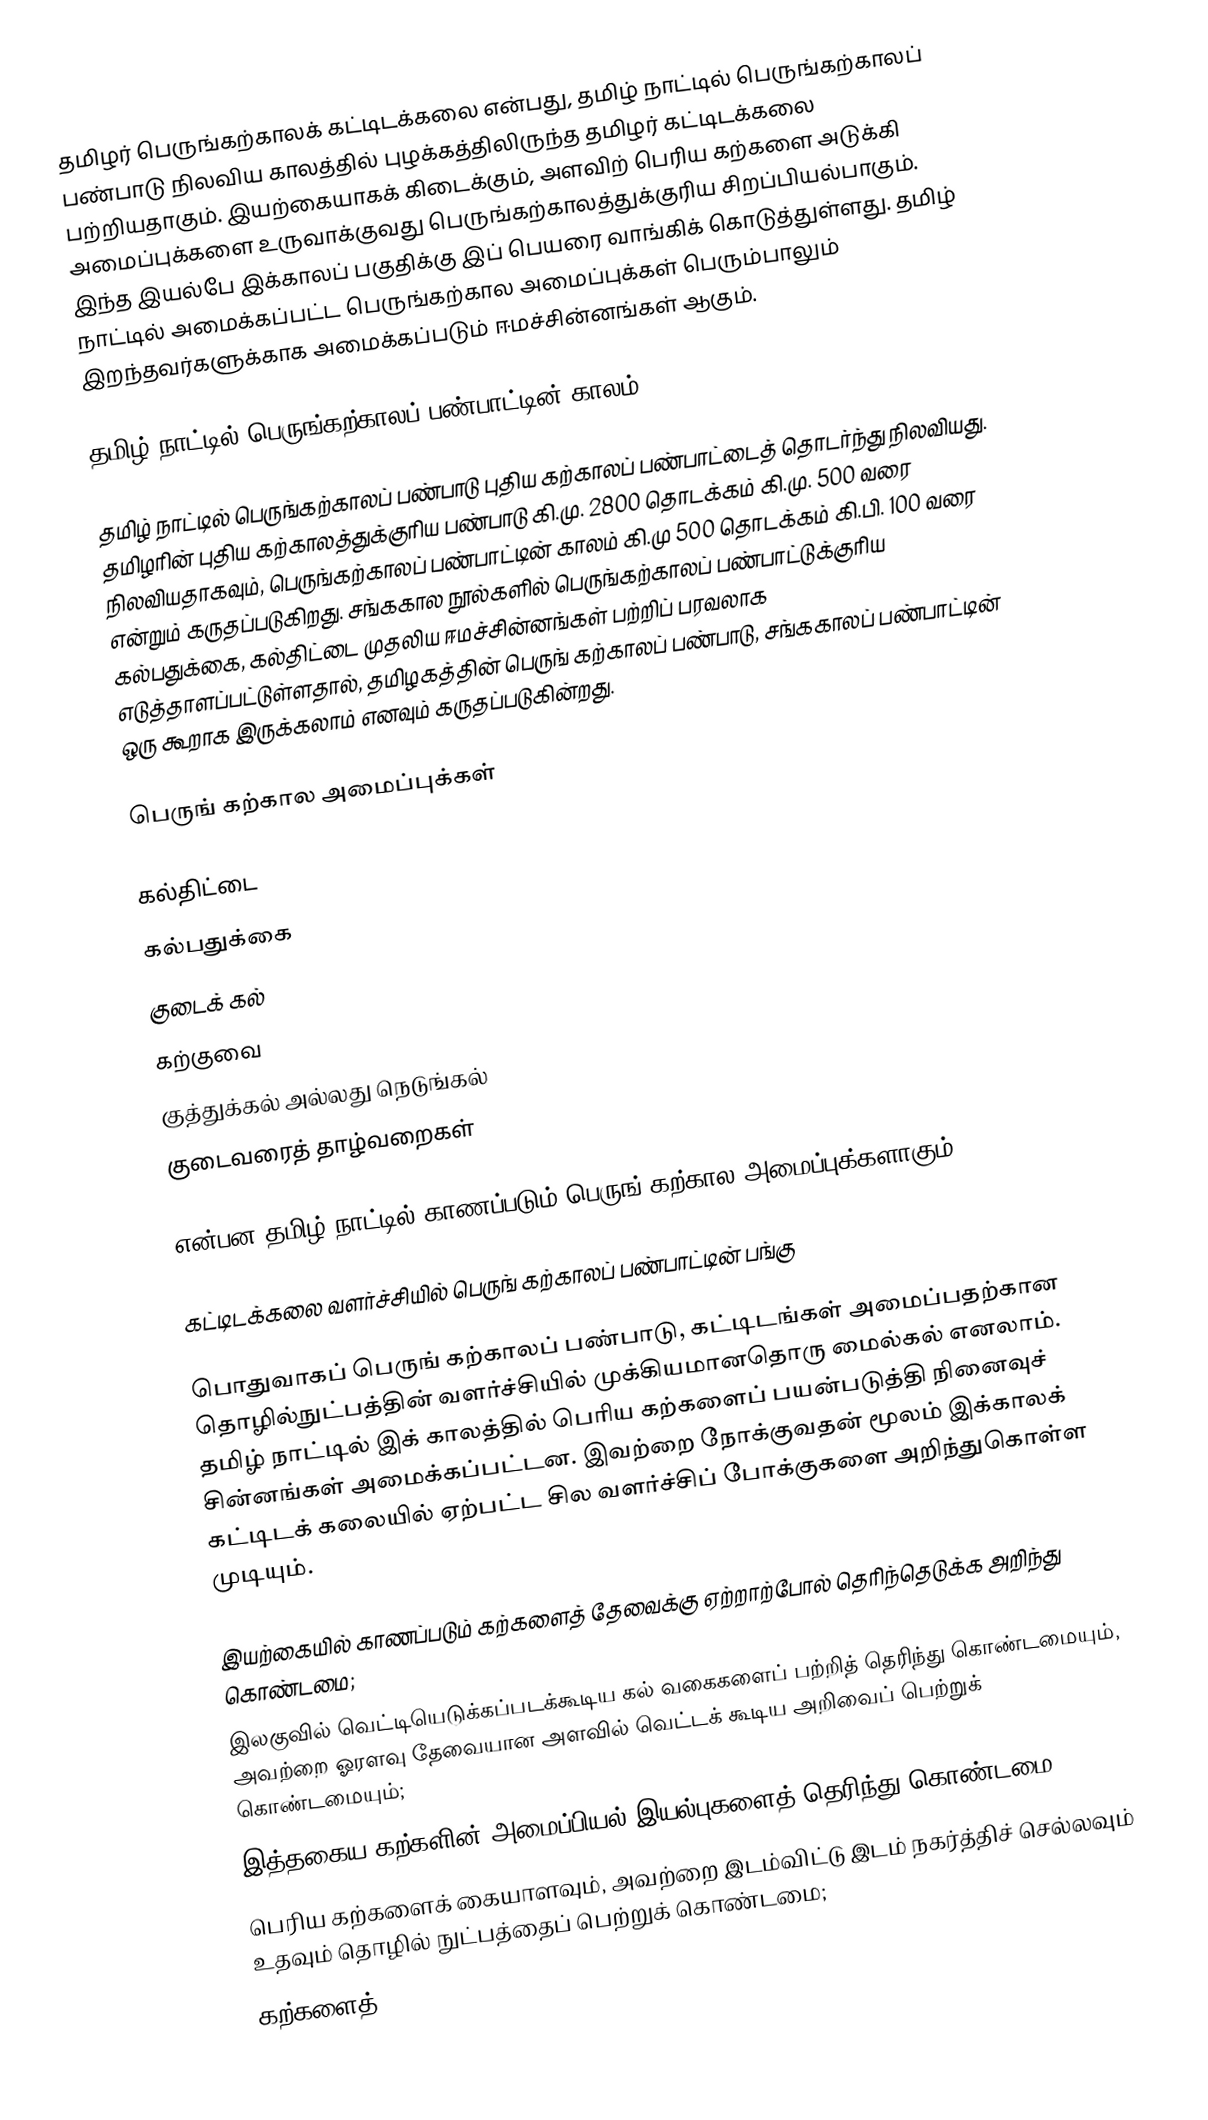
தமிழர் பெருங்கற்காலக் கட்டிடக்கலை என்பது, தமிழ் நாட்டில் பெருங்கற்காலப் பண்பாடு நிலவிய காலத்தில் புழக்கத்திலிருந்த தமிழர் கட்டிடக்கலை பற்றியதாகும். இயற்கையாகக் கிடைக்கும், அளவிற் பெரிய கற்களை அடுக்கி அமைப்புக்களை உருவாக்குவது பெருங்கற்காலத்துக்குரிய சிறப்பியல்பாகும். இந்த இயல்பே இக்காலப் பகுதிக்கு இப் பெயரை வாங்கிக் கொடுத்துள்ளது. தமிழ் நாட்டில் அமைக்கப்பட்ட பெருங்கற்கால அமைப்புக்கள் பெரும்பாலும் இறந்தவர்களுக்காக அமைக்கப்படும் ஈமச்சின்னங்கள் ஆகும்.

தமிழ் நாட்டில் பெருங்கற்காலப் பண்பாட்டின் காலம்

தமிழ் நாட்டில் பெருங்கற்காலப் பண்பாடு புதிய கற்காலப் பண்பாட்டைத் தொடர்ந்து நிலவியது. தமிழரின் புதிய கற்காலத்துக்குரிய பண்பாடு கி.மு. 2800 தொடக்கம் கி.மு. 500 வரை நிலவியதாகவும், பெருங்கற்காலப் பண்பாட்டின் காலம் கி.மு 500 தொடக்கம் கி.பி. 100 வரை என்றும் கருதப்படுகிறது. சங்ககால நூல்களில் பெருங்கற்காலப் பண்பாட்டுக்குரிய கல்பதுக்கை, கல்திட்டை முதலிய ஈமச்சின்னங்கள் பற்றிப் பரவலாக எடுத்தாளப்பட்டுள்ளதால், தமிழகத்தின் பெருங் கற்காலப் பண்பாடு, சங்ககாலப் பண்பாட்டின் ஒரு கூறாக இருக்கலாம் எனவும் கருதப்படுகின்றது.

பெருங் கற்கால அமைப்புக்கள்

 கல்திட்டை
 கல்பதுக்கை
 குடைக் கல்
 கற்குவை
 குத்துக்கல் அல்லது நெடுங்கல்
 குடைவரைத் தாழ்வறைகள்

என்பன தமிழ் நாட்டில் காணப்படும் பெருங் கற்கால அமைப்புக்களாகும் .

கட்டிடக்கலை வளர்ச்சியில் பெருங் கற்காலப் பண்பாட்டின் பங்கு

பொதுவாகப் பெருங் கற்காலப் பண்பாடு, கட்டிடங்கள் அமைப்பதற்கான தொழில்நுட்பத்தின் வளர்ச்சியில் முக்கியமானதொரு மைல்கல் எனலாம். தமிழ் நாட்டில் இக் காலத்தில் பெரிய கற்களைப் பயன்படுத்தி நினைவுச் சின்னங்கள் அமைக்கப்பட்டன. இவற்றை நோக்குவதன் மூலம் இக்காலக் கட்டிடக் கலையில் ஏற்பட்ட சில வளர்ச்சிப் போக்குகளை அறிந்துகொள்ள முடியும்.

 இயற்கையில் காணப்படும் கற்களைத் தேவைக்கு ஏற்றாற்போல் தெரிந்தெடுக்க அறிந்து கொண்டமை;
 இலகுவில் வெட்டியெடுக்கப்படக்கூடிய கல் வகைகளைப் பற்றித் தெரிந்து கொண்டமையும், அவற்றை ஓரளவு தேவையான அளவில் வெட்டக் கூடிய அறிவைப் பெற்றுக் கொண்டமையும்;
 இத்தகைய கற்களின் அமைப்பியல் இயல்புகளைத் தெரிந்து கொண்டமை;
 பெரிய கற்களைக் கையாளவும், அவற்றை இடம்விட்டு இடம் நகர்த்திச் செல்லவும் உதவும் தொழில் நுட்பத்தைப் பெற்றுக் கொண்டமை;
 கற்களைத்